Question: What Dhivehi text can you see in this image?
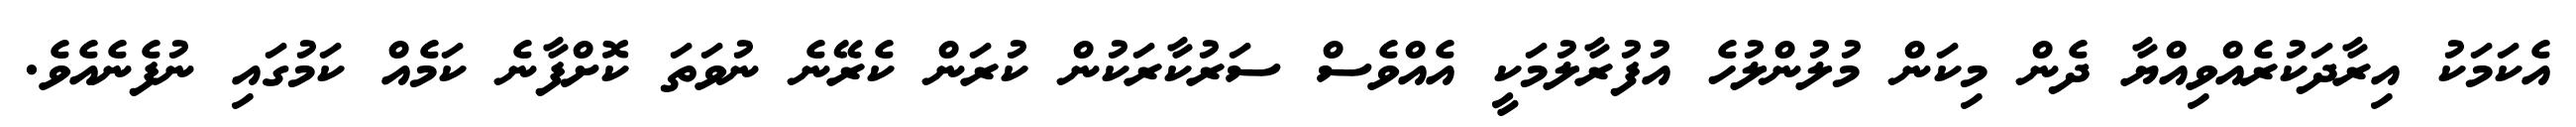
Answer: އެކަމަކު އިރާދަކުރެއްވިއްޔާ ދެން މިކަން މުލުންލުހެ އުފުރާލުމަކީ އެއްވެސް ސަރުކާރަކުން ކުރަން ކެރޭނެ ނުވަތަ ކޮށްފާނެ ކަމެއް ކަމުގައި ނުފެނެއެވެ.